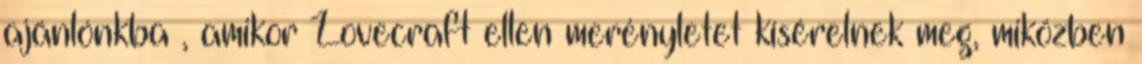
ajánlónkba , amikor Lovecraft ellen merényletet kísérelnek meg, miközben